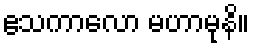
ဧသကာလော မဟာမုနိ။